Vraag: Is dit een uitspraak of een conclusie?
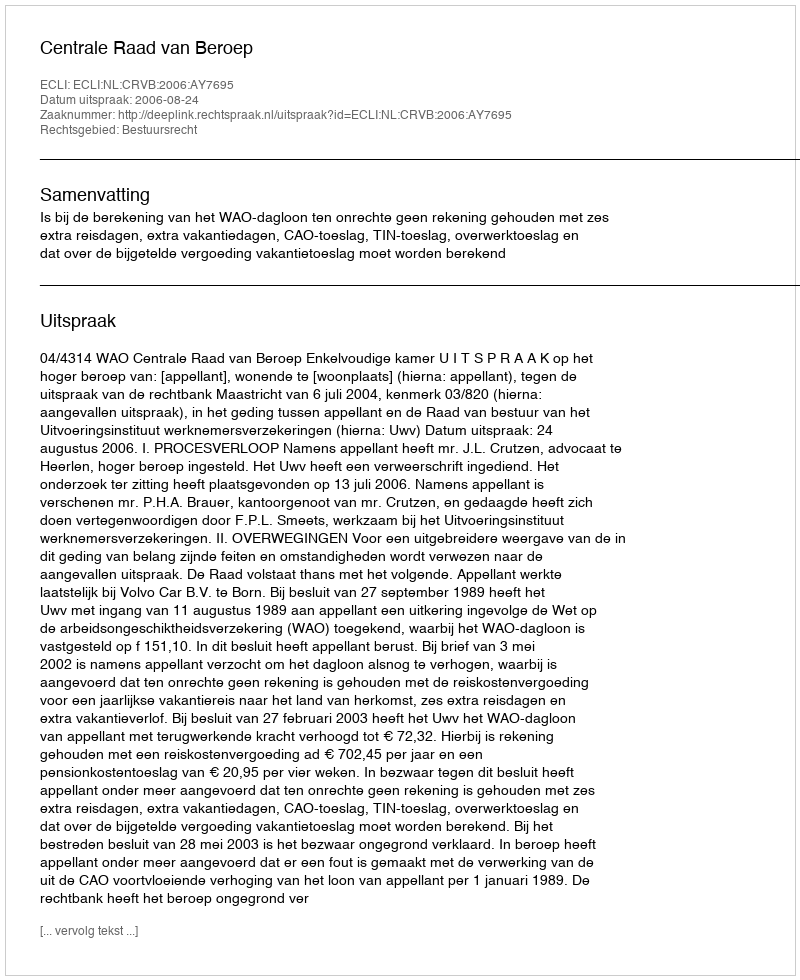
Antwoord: Uitspraak